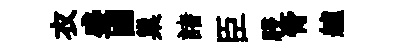
衣盛國巢諸臣駸膏艫